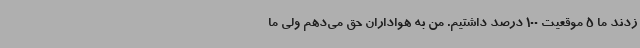
زدند ما 5 موقعیت 100 درصد داشتیم. من به هواداران حق می‌دهم ولی ما